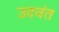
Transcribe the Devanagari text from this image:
उदवंत